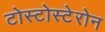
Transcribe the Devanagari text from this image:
टोस्टोस्टेरोन